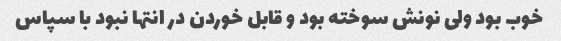
خوب بود ولی نونش سوخته بود و قابل خوردن در انتها نبود با سپاس